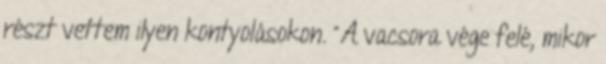
részt vettem ilyen kontyolásokon. "A vacsora vége felé, mikor